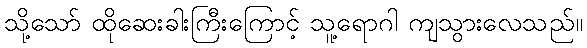
သို့သော် ထိုဆေးခါးကြီးကြောင့် သူ့ရောဂါ ကျသွားလေသည်။